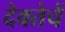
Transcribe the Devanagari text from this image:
देवतेचें